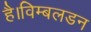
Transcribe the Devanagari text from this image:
है।विम्बलडन